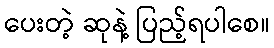
ပေးတဲ့ ဆုနဲ့ ပြည့်ရပါစေ။